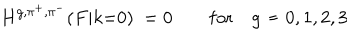
H ^ { g , \pi ^ { + } , \pi ^ { - } } ( F | k { = } 0 ) \ = 0 \qquad \mathrm { f o r } \quad g \neq 0 , 1 , 2 , 3